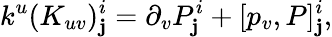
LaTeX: k^{u}(K_{uv})_{\mathbf{j}}^{i}=\partial_{v}P_{\mathbf{j}}^{i}+[p_{v},P]_{\mathbf{j}}^{i},